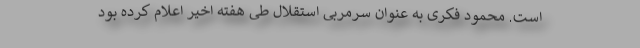
است. محمود فکری به عنوان سرمربی استقلال طی هفته اخیر اعلام کرده بود